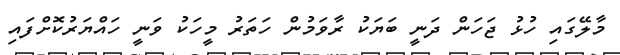
މާލޭގައި ހުޅު ޖަހަން ދަނީ ބަޔަކު ރާވަމުން ހަތަރު މީހަކު ވަނީ ހައްޔަރުކޮށްފައި